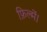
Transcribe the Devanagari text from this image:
फ़िल्में।